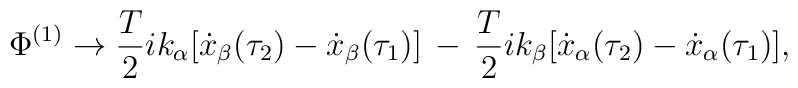
\Phi^{(1)}\rightarrow{T\over 2}ik_\alpha[\dot{x}_\beta(\tau_2)-\dot{x}_\beta(\tau_1)]\,-\,{T\over 2}ik_\beta[\dot{x}_\alpha(\tau_2)-\dot{x}_\alpha(\tau_1)],